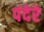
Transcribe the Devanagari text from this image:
पंदेरे